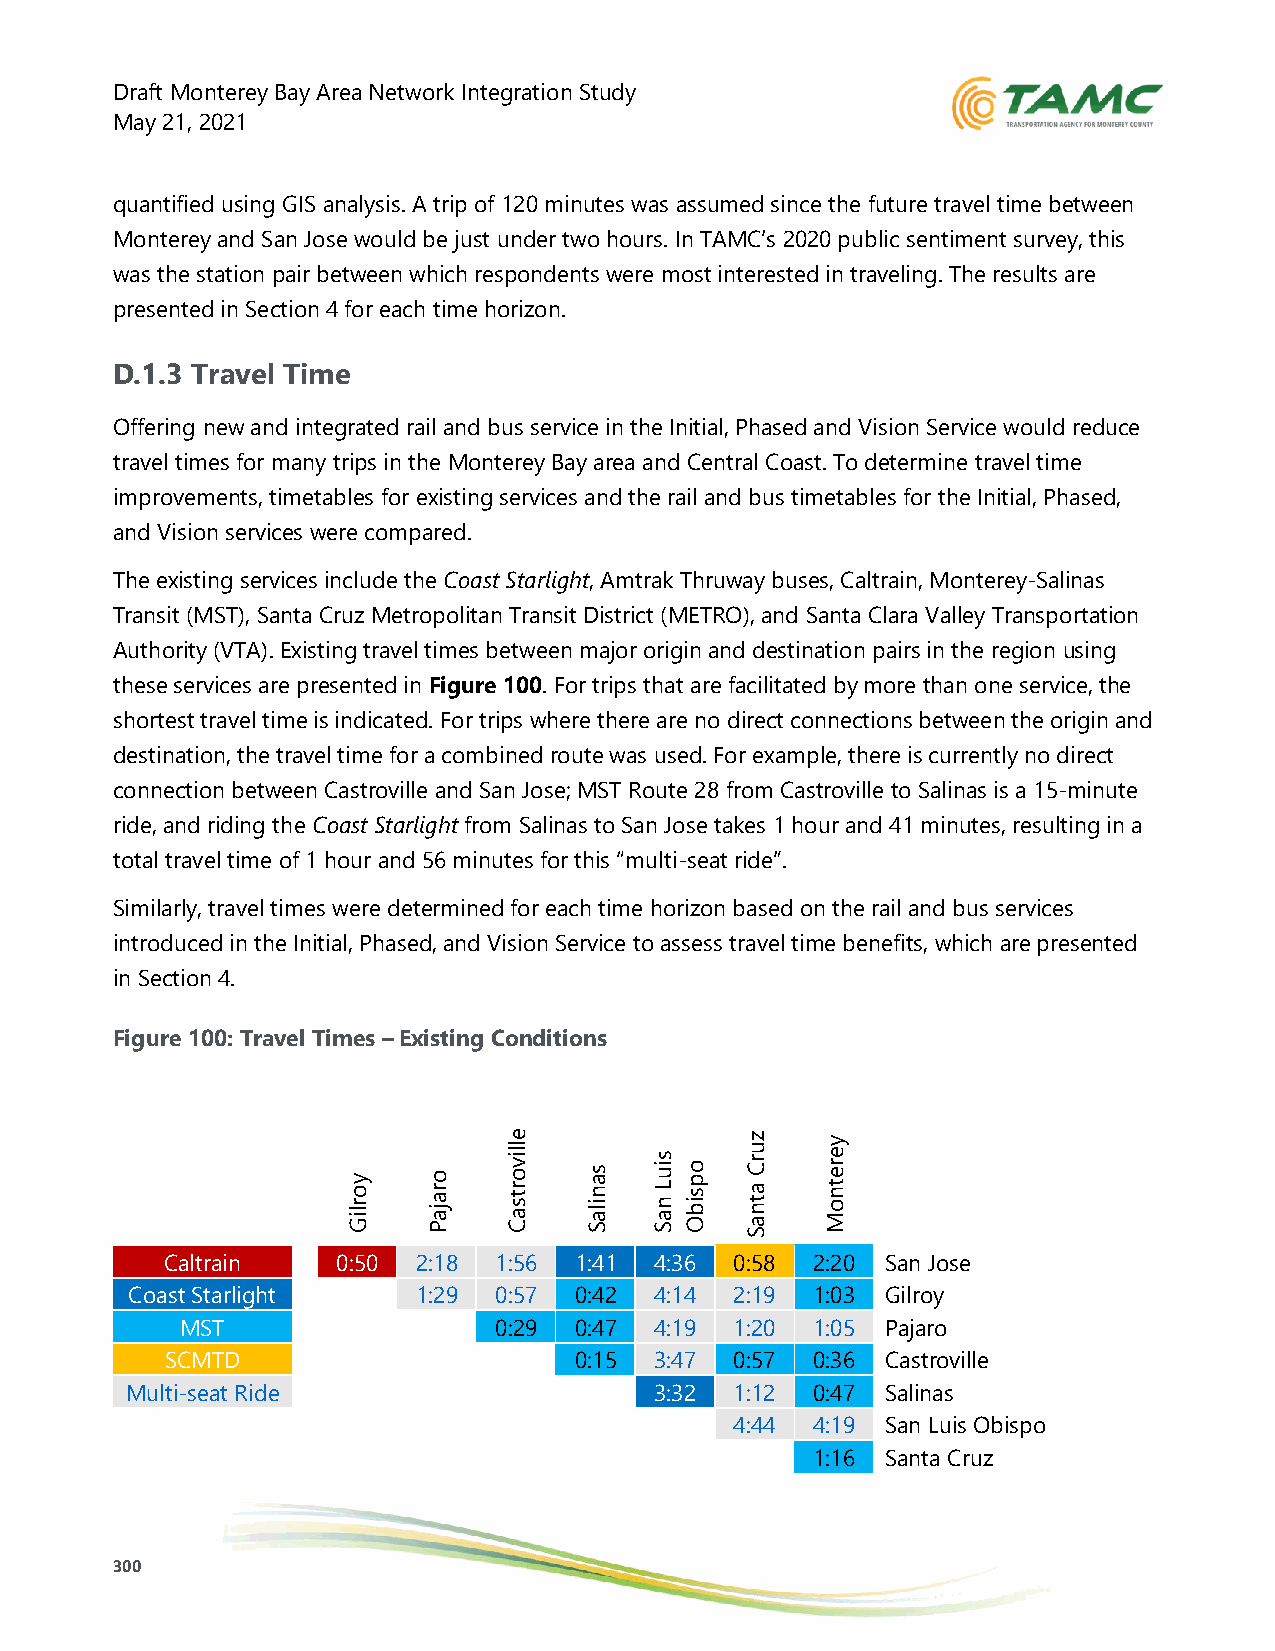
Draft Monterey Bay Area Network Integration Study
 May 21, 2021
 quantified using GIS analysis. A trip of 120 minutes was assumed since the future travel time between
 Monterey and San Jose would be just under two hours. In TAMC’s 2020 public sentiment survey, this
 was the station pair between which respondents were most interested in traveling. The results are
 presented in Section 4 for each time horizon.
 D.1.3 Travel Time
 Offering new and integrated rail and bus service in the Initial, Phased and Vision Service would reduce
 travel times for many trips in the Monterey Bay area and Central Coast. To determine travel time
 improvements, timetables for existing services and the rail and bus timetables for the Initial, Phased,
 and Vision services were compared.
 The existing services include the Coast Starlight, Amtrak Thruway buses, Caltrain, Monterey-Salinas
 Transit (MST), Santa Cruz Metropolitan Transit District (METRO), and Santa Clara Valley Transportation
 Authority (VTA). Existing travel times between major origin and destination pairs in the region using
 these services are presented in Figure 100. For trips that are facilitated by more than one service, the
 shortest travel time is indicated. For trips where there are no direct connections between the origin and
 destination, the travel time for a combined route was used. For example, there is currently no direct
 connection between Castroville and San Jose; MST Route 28 from Castroville to Salinas is a 15-minute
 ride, and riding the Coast Starlight from Salinas to San Jose takes 1 hour and 41 minutes, resulting in a
 total travel time of 1 hour and 56 minutes for this “multi-seat ride”.
 Similarly, travel times were determined for each time horizon based on the rail and bus services
 introduced in the Initial, Phased, and Vision Service to assess travel time benefits, which are presented
 in Section 4.
 Figure 100: Travel Times – Existing Conditions
 y o r liG o r a ja P e lliv o r t s a C s a n ila S s iu L n a S o p s ib O z u r C a t n a S y e r e t n o M
 Caltrain   0:50  2:18 1:56 1:41 4:36  0:58 2:20 San Jose
 Coast Starlight     1:29 0:57 0:42 4:14  2:19 1:03 Gilroy
 MST                  0:29 0:47 4:19  1:20 1:05 Pajaro
 SCMTD                      0:15 3:47  0:57 0:36 Castroville
 Multi-seat Ride                    3:32  1:12 0:47 Salinas
 4:44 4:19 San Luis Obispo
 1:16 Santa Cruz
 300